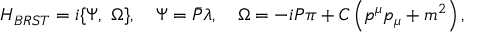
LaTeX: { H } _ { B R S T } = i \{ { \Psi } , \ { \Omega } \} , \quad { \Psi } = { { \bar { \cal P } } } { \lambda } , \quad { \Omega } = - i { { \cal P } } { \pi } + { { \cal C } } \left( p ^ { \mu } p _ { \mu } + m ^ { 2 } \right) ,